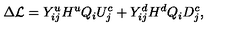
\Delta { \cal L } = Y _ { i j } ^ { u } H ^ { u } Q _ { i } U _ { j } ^ { c } + Y _ { i j } ^ { d } H ^ { d } Q _ { i } D _ { j } ^ { c } ,